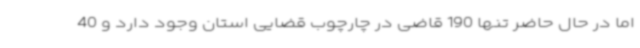
اما در حال حاضر تنها 190 قاضی در چارچوب قضایی استان وجود دارد و 40